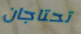
تحتاجان